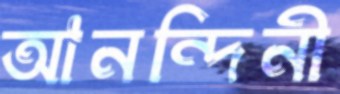
আনন্দিনী